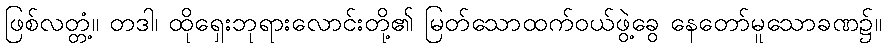
ဖြစ်လတ္တံ့။ တဒါ၊ ထိုရှေးဘုရားလောင်းတို့၏ မြတ်သောထက်ဝယ်ဖွဲ့ခွေ နေတော်မူသောခဏ၌။